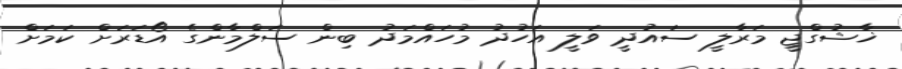
ޚާޝުގްޖީ މަރާލީ ސައުދީ ވަލީ އަހުދު މުހައްމަދު ބިން ސަލްމާންގެ އޯޑަރަށް ކަމަށް